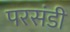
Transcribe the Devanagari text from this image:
परसंडी